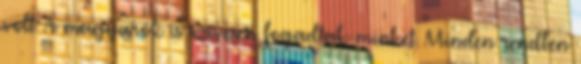
volt. A magyarok is szívesen fogadtak minket. Minden rendben